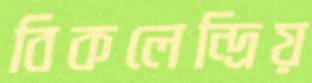
বিকলেন্দ্রিয়